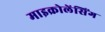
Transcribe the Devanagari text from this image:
माइक्रोलेंसिंग